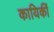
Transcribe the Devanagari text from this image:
कायिर्की